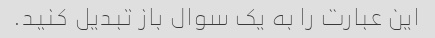
این عبارت را به یک سوال باز تبدیل کنید.